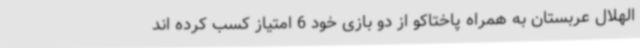
الهلال عربستان به همراه پاختاکو از دو بازی خود 6 امتیاز کسب کرده اند